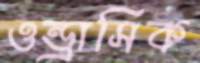
ওন্ড্রাসিক